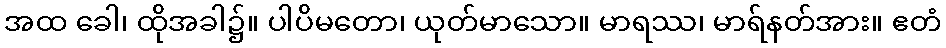
အထ ခေါ၊ ထိုအခါ၌။ ပါပိမတော၊ ယုတ်မာသော။ မာရဿ၊ မာရ်နတ်အား။ ဧတံ